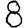
Digit: 8